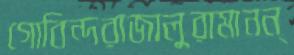
গোবিন্দরাজালুরামানন্